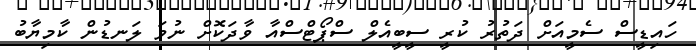
ހައިޑީސް ސެމީއަށް ދަތުރު ކުރީ ސީބީއެލް ސްޕޯޓްސްއާ ވާދަކޮށް ނުވަ ލަނޑުން ކާމިޔާބު